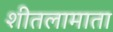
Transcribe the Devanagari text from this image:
शीतलामाता